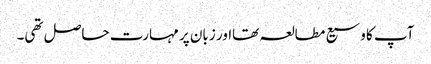
آپ کا وسیع مطالعہ تھااور زبان پر مہارت حاصل تھی۔